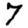
Digit: 7